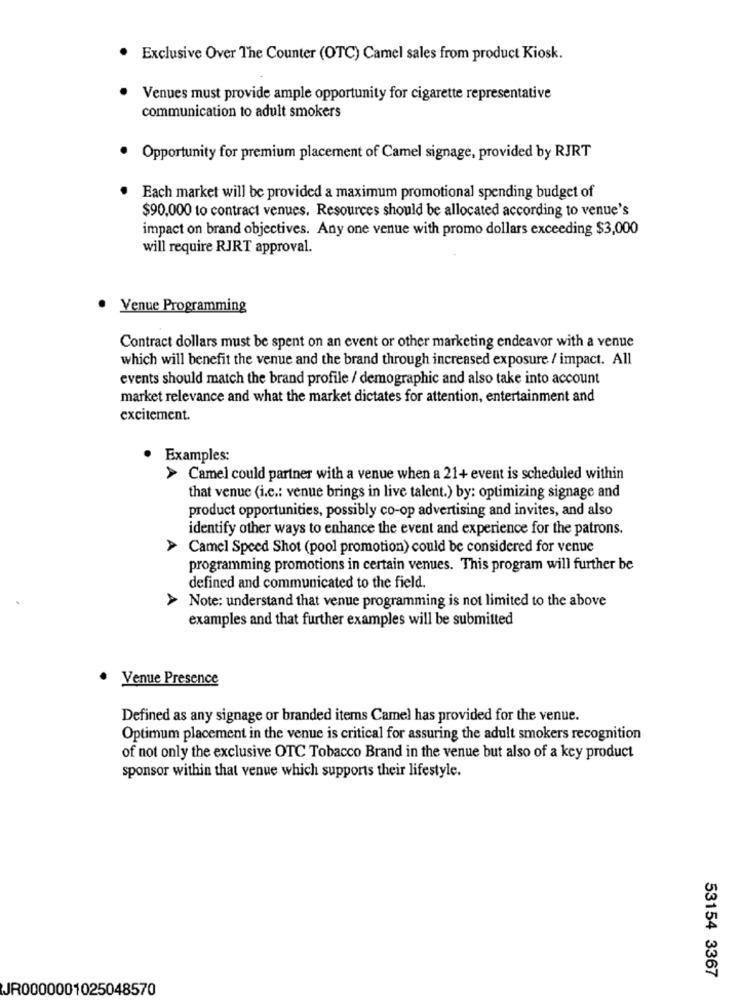
Exclusive Over The Counter (OTC) Camel sales from product Kiosk.
Venues must provide ample opportunity for cigarette representative
communication to adult smokers
Opportunity for premium placement of Camel signage, provided by RJRT
Each market will be provided a maximum promotional spending budget of
$90,000 to contract venues. Resources should be allocated according to venue's
impact on brand objectives. Any one venue with promo dollars exceeding $3,000
will require RJRT approval.
Venue Programming
Contract dollars must be spent on an event or other marketing endeavor with a venue
which will benefit the venue and the brand through increased exposure / impact. All
events should match the brand profile / demographic and also take into account
market relevance and what the market dictates for attention, entertainment and
excitement.
Examples:
> Camel could partner with a venue when a 21+ event is scheduled within
that venue (i.c .: venue brings in live talent.) by: optimizing signage and
product opportunities, possibly co-op advertising and invites, and also
identify other ways to enhance the event and experience for the patrons.
Camel Speed Shot (pool promotion) could be considered for venue
programming promotions in certain venues. This program will further be
defined and communicated to the field.
Note: understand that venue programming is not limited to the above
examples and that further examples will be submitted
Venue Presence
Defined as any signage or branded items Camel has provided for the venue.
Optimum placement in the venue is critical for assuring the adult smokers recognition
of not only the exclusive OTC Tobacco Brand in the venue but also of a key product
sponsor within that venue which supports their lifestyle.
53154 3367
JR0000001025048570